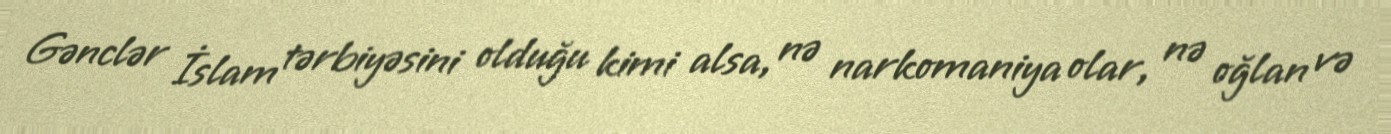
Gənclər İslam tərbiyəsini olduğu kimi alsa, nə narkomaniya olar, nə oğlan və